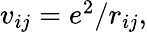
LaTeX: \begin{array}{r}{v_{ij}=e^{2}/r_{ij},}\end{array}